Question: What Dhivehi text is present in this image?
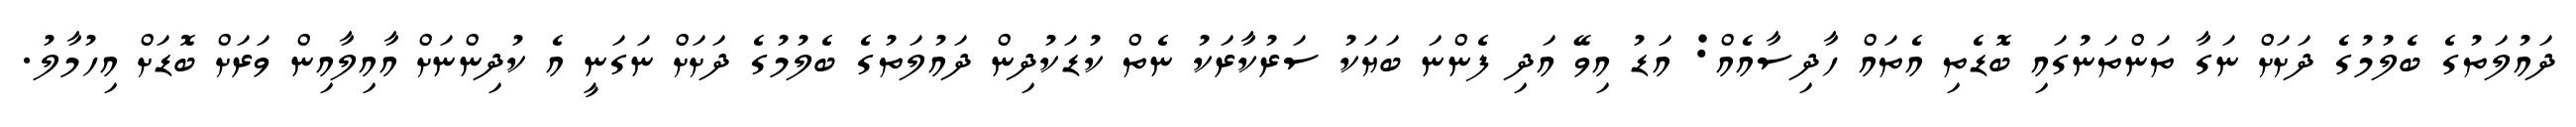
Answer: ދައުލަތުގެ ބެލުމުގެ ދަށަށް ނަގާ ތަންތަނުގައި ބޮޑެތި އެތައް ހާދިސާއެއް: އަޑު އިވޭ އަދި ފެންނަ ބަޔަކު ސަރުކާރަކު ނެތް ކުޑަކުދިން ދައުލަތުގެ ބެލުމުގެ ދަށަށް ނަގަނީ އެ ކުދިންނަށް އާއިލާއިން ވަރަށް ބޮޑަށް އިހުމާލު.